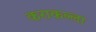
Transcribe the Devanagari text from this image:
कराकल्ला